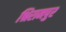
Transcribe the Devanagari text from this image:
श्रिरामपुर